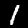
Label: 1